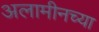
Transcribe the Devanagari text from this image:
अलामीनच्या